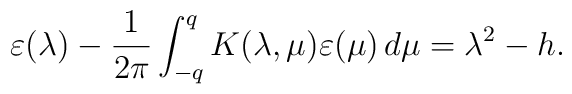
\varepsilon(\lambda)-\frac{1}{2\pi}\int_{-q}^{q} K(\lambda,\mu)\varepsilon(\mu)\,d\mu=\lambda^2-h.